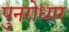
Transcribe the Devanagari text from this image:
पुनरोधार